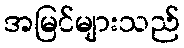
အမြင်များသည်